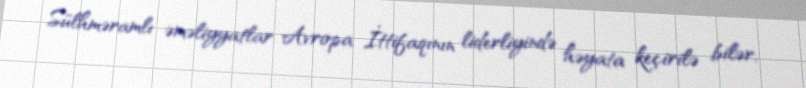
Sülhməramlı əməliyyatlar Avropa İttifaqının liderliyində həyata keçirilə bilər,